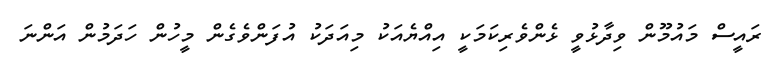
ރައީސް މައުމޫން ވިދާޅުވީ ޅެންވެރިކަމަކީ އިއްޔެއަކު މިއަދަކު އުފަންވެގެން މީހުން ހަދަމުން އަންނަ